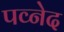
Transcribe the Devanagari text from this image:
पव्नेद